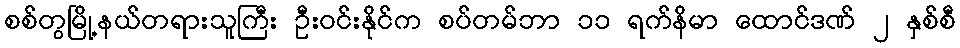
စစ်တွမြို့နယ်တရားသူကြီး ဦးဝင်းနိုင်က စပ်တမ်ဘာ ၁၁ ရက်နိမာ ထောင်ဒဏ် ၂ နှစ်စီ